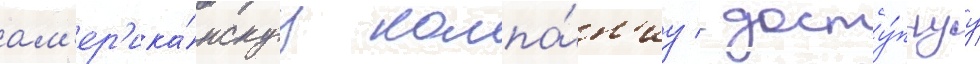
ам'ер'ика́нскуу компа́н'иу / досту́пнуу